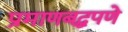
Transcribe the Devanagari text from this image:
प्रमाणबद्धपणे